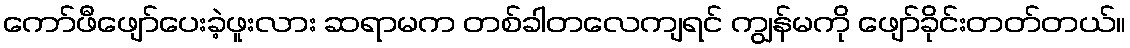
ကော်ဖီဖျော်ပေးခဲ့ဖူးလား ဆရာမက တစ်ခါတလေကျရင် ကျွန်မကို ဖျော်ခိုင်းတတ်တယ်။